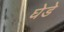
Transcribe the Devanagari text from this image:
घेडे